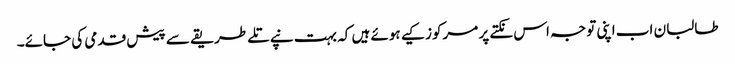
طالبان اب اپنی توجہ اس نکتے پر مرکوز کیے ہوئے ہیں کہ بہت نپے تلے طریقے سے پیش قدمی کی جائے۔